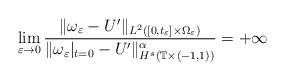
LaTeX: \begin{align*}\lim_{\varepsilon \to 0} \frac{ \| \omega_\varepsilon - U' \|_{L^2([0,t_\varepsilon] \times \Omega_\varepsilon)}}{\| \omega_\varepsilon|_{t=0} -U' \|^\alpha_{H^s(\mathbb{T} \times (-1,1))}}=+\infty\end{align*}